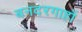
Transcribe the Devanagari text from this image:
बनदरगाहों